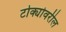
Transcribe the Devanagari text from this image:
टोक्योवरील